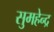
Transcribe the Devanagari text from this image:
सुमहेन्द्र